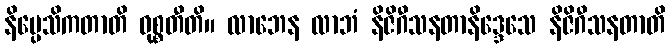
နိပ္ပေသိကတာတိ ဝုစ္စတီတိ။ လာဘေန လာဘံ နိဇိဂီသနတာနိဒ္ဒေသေ နိဇိဂီသနတာတိ